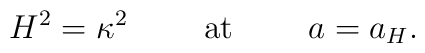
H^2=\kappa^2\ \ \ \ \ \ \ {\rm at}\ \ \ \ \ \ \ a=a_H.